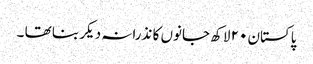
پاکستان ٢٠ لاکھ جانوں کا نذرانہ دیکر بنا تھا ۔